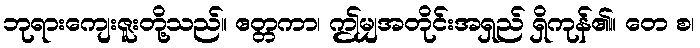
ဘုရားကျေးဇူးတို့သည်။ ဧတ္တကာ၊ ဤမျှအတိုင်းအရှည် ရှိကုန်၏။ တေ စ၊